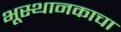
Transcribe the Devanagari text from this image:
भूस्थानकाचा